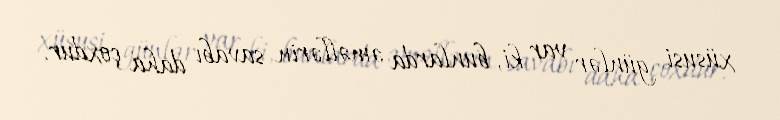
xüsusi günlər var ki, bunlarda əməllərin savabı daha çoxdur.